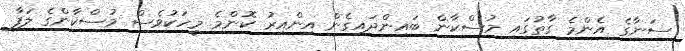
ސަނާގެ އެންމެ ގާތުގައި މުސްކާން ބައިންދައިގެން އިންއިރު ކޮންމެ މީހަކުވެސް މުސްކާންގެ ލަފާ